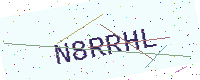
Text: N8RRHL